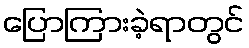
ပြောကြားခဲ့ရာတွင်